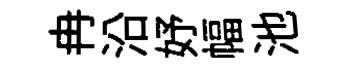
冉沿妤幅池